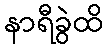
နာရီခွဲထိ